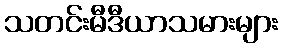
သတင်းမီဒီယာသမားများ